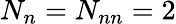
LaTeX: N_{n}=N_{nn}=2